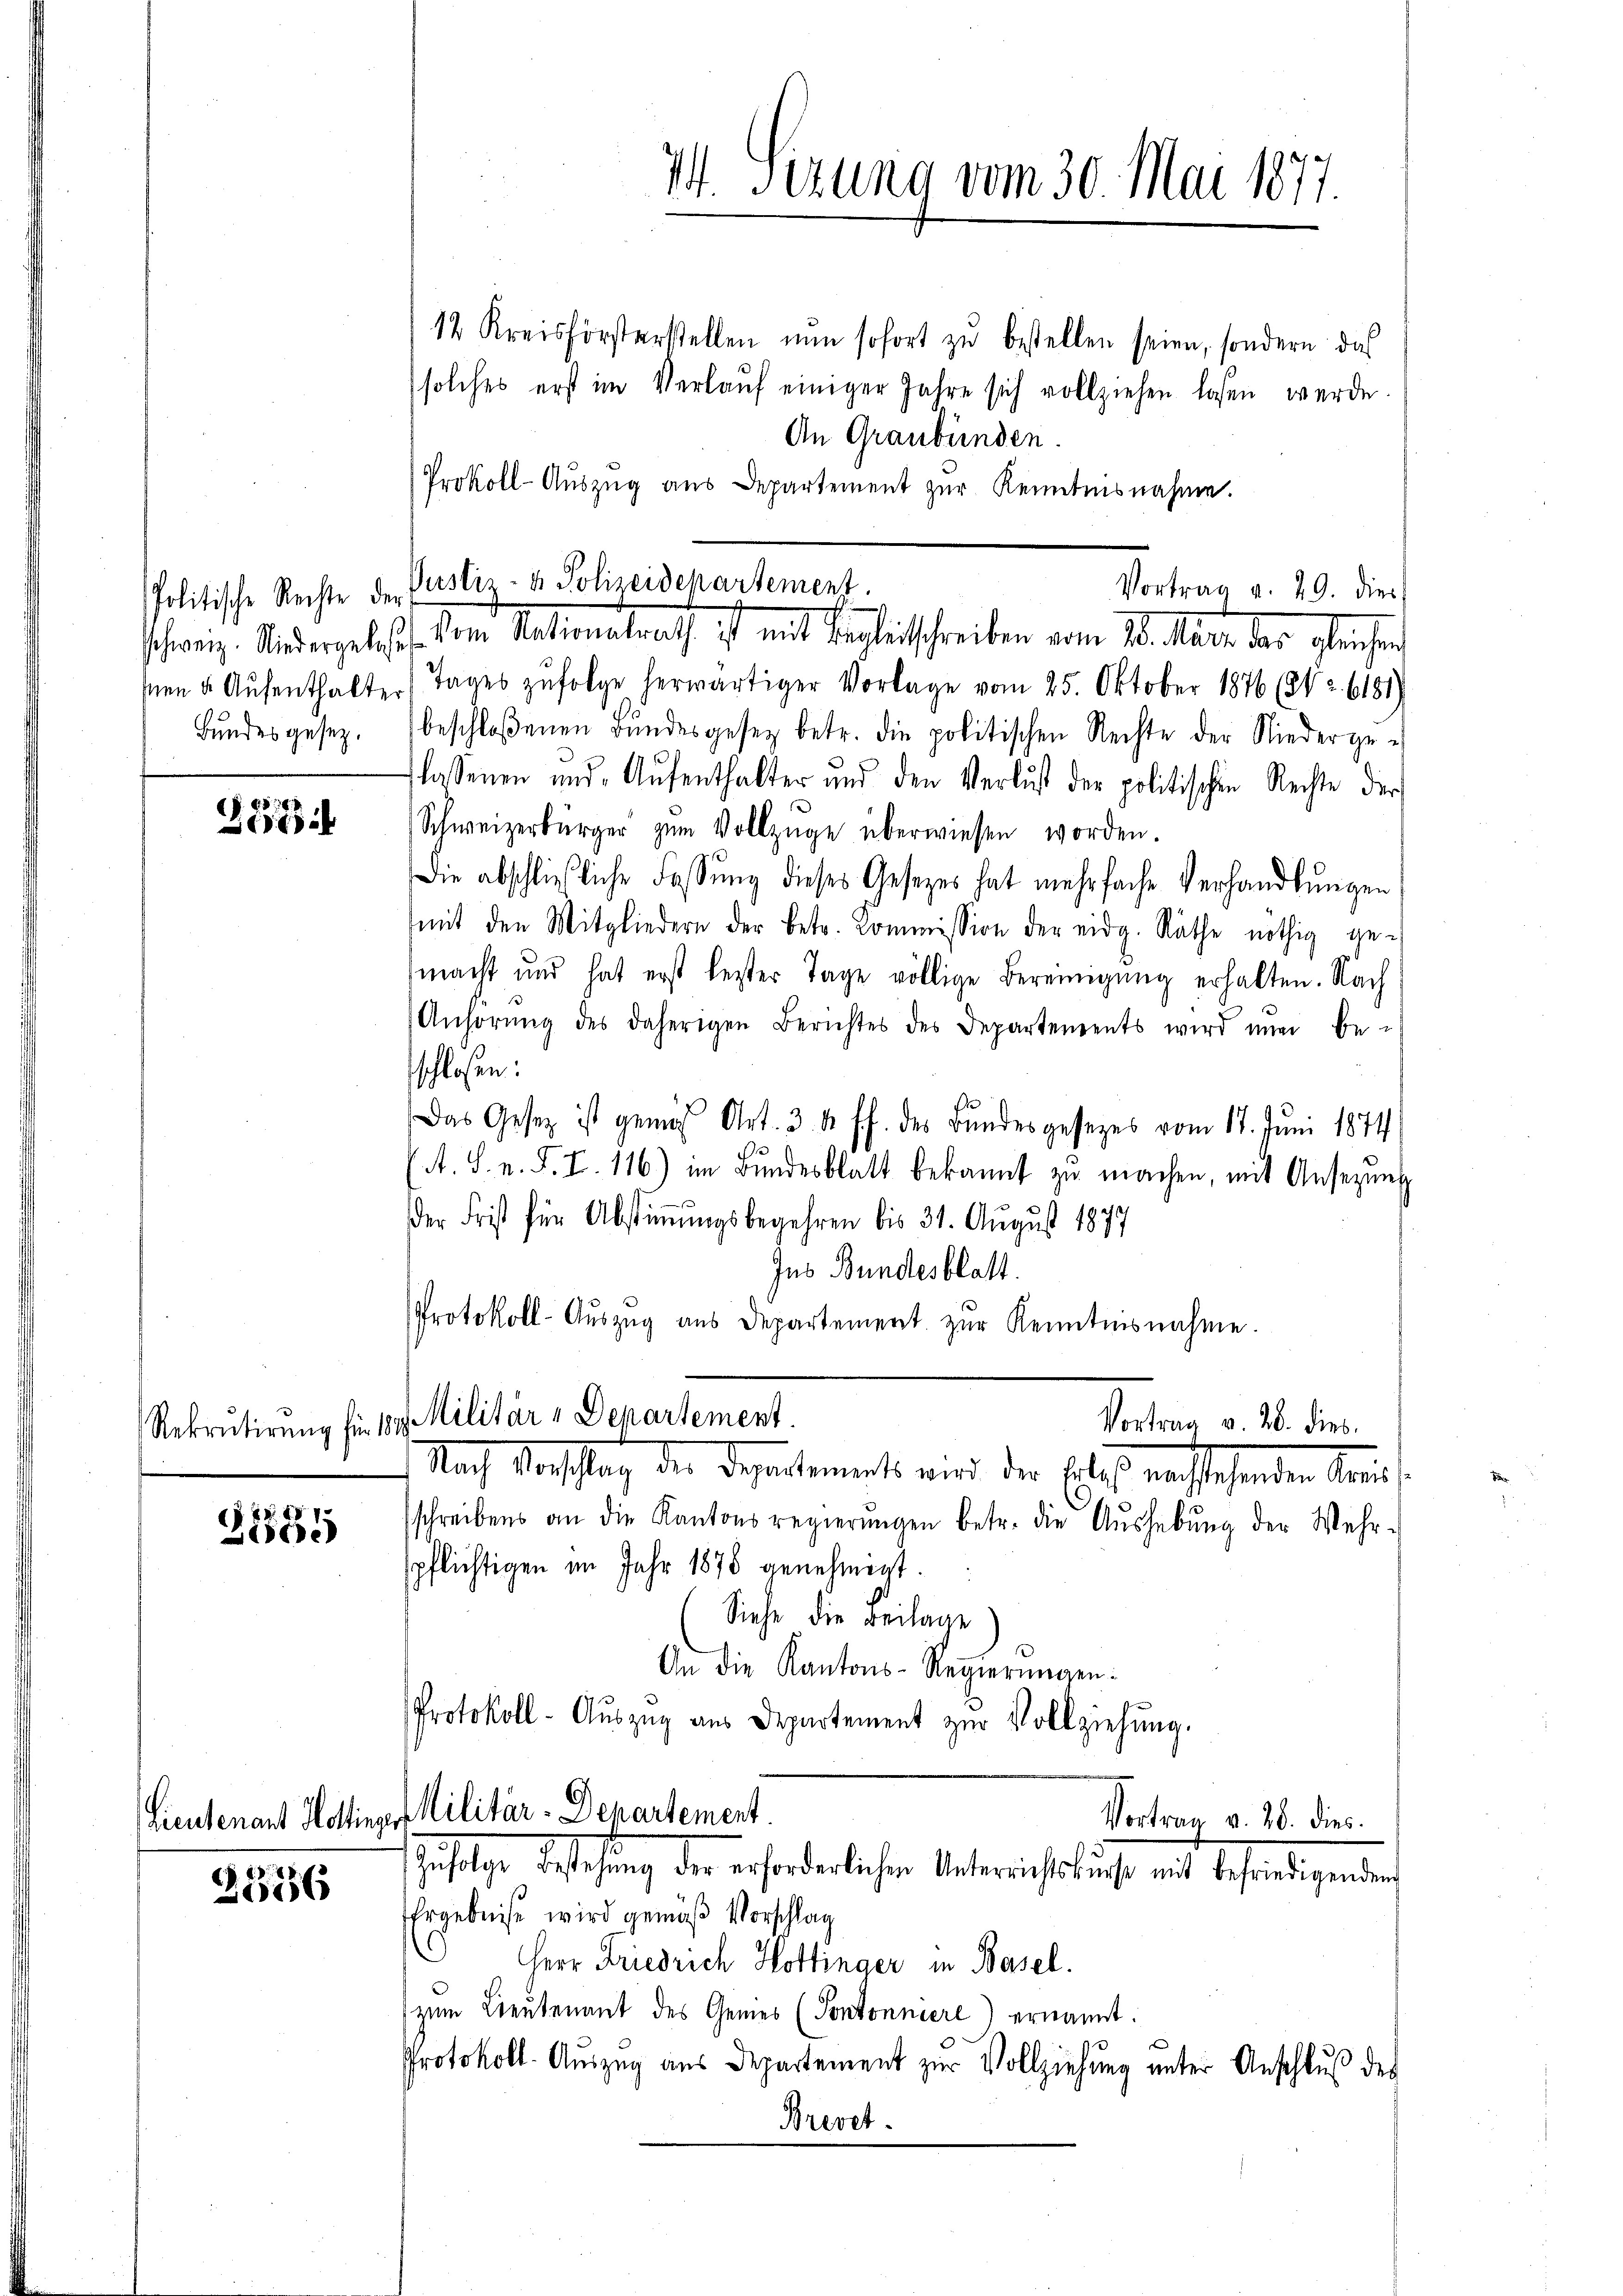
Politische Rechte der
schweiz. Niedergelese
Bundes gesez.

386

31581

2556

74. Sizung vom 30. Mai 1877.

12 Kreisförsterstellen nun sofort zŭ bestellen seien, sondern das
solches erst im Verlauf einigen Jahre sich vollziehen lasen werde.
An Graubünden.
Prokoll-Auszug aus Departement zŭr Kenntnisnahme.
sen u. Aŭfenthalter Tages zŭfolge herwärtiger Vorlage vom 25. Oktober 1876 (842. 6181)
beschloßenen Bundesgesetz betr. die politischen Rechte der Niedergeflassenen und Aufenthalter und den Verlust der politischen Rechte der
Schweizerbürger zum Vollzüge überwiesen worden.
Die abschließliche Fassŭng dieses Gesetzes hat mehrfache Verhandlŭngen
mmit den Mitgliedern der betr. Kommission der eidg. Räthe nöthig ge-
macht und hat erst bester Tage völlige Bereinigung erhalten. Nach
Anhörŭng des daherigen Berichtes des Departements wird nun be-
sschlossen:
Das Gesetz ist gemäss Art. 34 ff. des Bundesgesetzes vom 17. Juni 1874
A. S. v. J. Z. 116) im Bundesblatt bekannt zu machen, mit Ansezung
der Frist für Abstimmungsbegehren bis 31. August 1877
Ins Bundesblatt.
Protokoll-Aŭszŭg aŭs Departement zŭr Kenntnisnahme.

Justiz- & Polizeidepartement.
Vortrag v. 19. dies
d. Der Nationsrath ist mit Vergleitschreiben vom 10. Mate des gleichen

Rekrutirung für 12 Militär - Departement.
Vortrag v. 26. dies
Nach Montag die Departements wird der Erleist nachschenden Kreis¬

An die Kantons-Regierŭngen:
Protokoll- Aŭszŭg aŭs Departement zŭr Vollziehŭng.
Lieutenant Hottingen Militär-Departement
Vortrag d. 28. dies.
Zuftige Betrafung der erforderlichen Untersuche siche mit beständigenden

schreibens an die Kantonsregierŭngen betr. die Aŭshebŭng der Mehr-
spflichtigen im Jahr 1878 genehmigt.
Siehe die Beilage
Ehrgebnise wird gemäß Vorschlag
Herr Friedrich Hottinger in Basel.
zum Leutenant des Gemes (Pontonniere) ernannt:
Protokoll-Aŭszŭg aŭs Departement zŭr Vollziehŭng ŭnter Anschlŭβ des
Brevet.